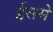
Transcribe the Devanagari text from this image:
ईसमे